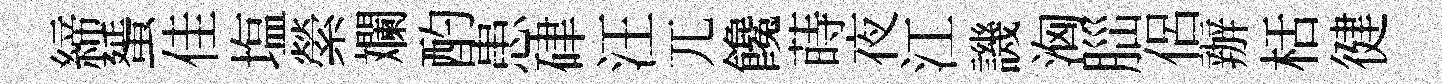
締蜑佳塩縈斕酌患硉汪兀饞蒔夜江譏洶𦛁侶辦栝徤